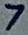
Text: 7